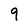
Character: 9